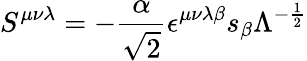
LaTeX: S^{{\mu}{\nu}{\lambda}}=-\frac{\alpha}{\sqrt{2}}{\epsilon}^{{\mu}{\nu}{\lambda}{\beta}}s_{\beta}{\Lambda}^{-\frac{1}{2}}